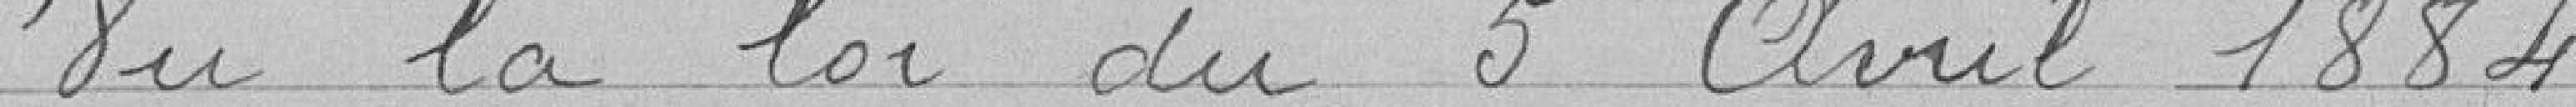
Vu la loi du 5 avril 1884